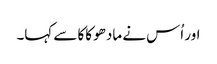
اور اُس نے مادھو کاکا سے کہا۔